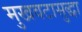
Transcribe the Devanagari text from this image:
मुखवटासुद्धा